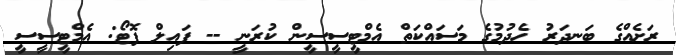
ރަށެއްގެ ބަނދަރު ހެދުމުގެ މަސައްކަތް އެމްޓީސީސީން ކުރަނީ -- ފައިލް ފޮޓޯ: އެމްޓީސީސީ